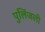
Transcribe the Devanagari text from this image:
पुलिंजली